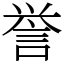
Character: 誉